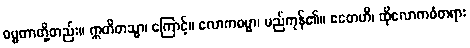
ဓမ္မတာတို့တည်း။ ဣတိတသ္မာ၊ ကြောင့်။ လောကဓမ္မာ၊ မည်ကုန်၏။ ဧတေဟိ၊ ထိုလောကဓံတရား